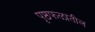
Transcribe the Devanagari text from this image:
पृष्ठफळातील